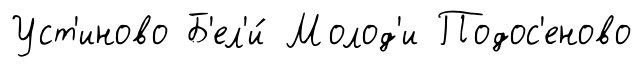
Уст'иново Б'ел'и́ Молод'и Подос'еново